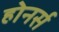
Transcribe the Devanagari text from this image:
होनर्स